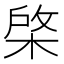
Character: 棨